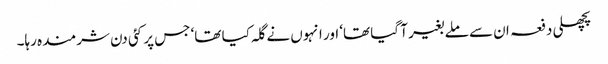
پچھلی دفعہ ان سے ملے بغیر آ گیا تھا‘ اور انہوں نے گلہ کیا تھا‘ جس پر کئی دن شرمندہ رہا۔